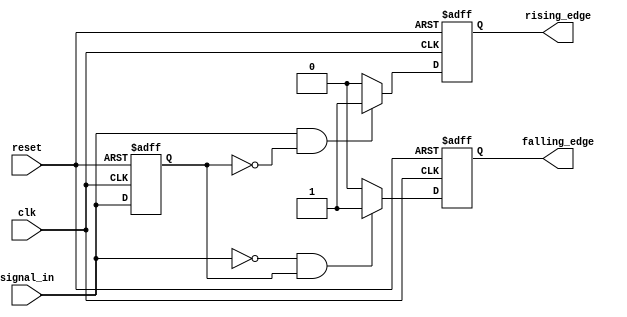
module edge_detector (
    input wire clk,           // Clock input
    input wire reset,         // Asynchronous reset
    input wire signal_in,     // Input signal to be monitored
    output reg rising_edge,   // Output signal for rising edge detection
    output reg falling_edge    // Output signal for falling edge detection
);

    // Memory block to store the previous state of the input signal
    reg prev_state;

    // Always block triggered on clock edge
    always @(posedge clk or posedge reset) begin
        if (reset) begin
            // Initialize the previous state and output signals on reset
            prev_state <= 1'b0;
            rising_edge <= 1'b0;
            falling_edge <= 1'b0;
        end else begin
            // Edge detection logic
            rising_edge <= (signal_in == 1'b1 && prev_state == 1'b0) ? 1'b1 : 1'b0;
            falling_edge <= (signal_in == 1'b0 && prev_state == 1'b1) ? 1'b1 : 1'b0;

            // Update the previous state
            prev_state <= signal_in;
        end
    end

endmodule